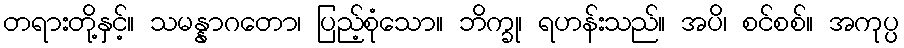
တရားတို့နှင့်။ သမန္နာဂတော၊ ပြည့်စုံသော။ ဘိက္ခု၊ ရဟန်းသည်။ အပိ၊ စင်စစ်။ အကုပ္ပ